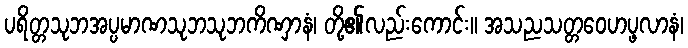
ပရိတ္တသုဘအပ္ပမာဏသုဘသုဘကိဏှာနံ၊ တို့၏လည်းကောင်း။ အသညသတ္တဝေဟပ္ဖလာနံ၊